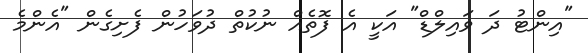
"އިންޓު ދަ ވައިލްޑް" އަކީ އެ ފޮތެއް ނުކުތް ދުވަހުން ފެށިގެން "އެންމެ